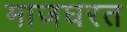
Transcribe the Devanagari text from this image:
माजघरत